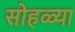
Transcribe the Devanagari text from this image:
सोहळ्या